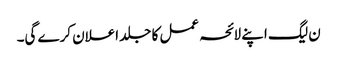
ن لیگ اپنے لائحہ عمل کا جلد اعلان کرے گی۔